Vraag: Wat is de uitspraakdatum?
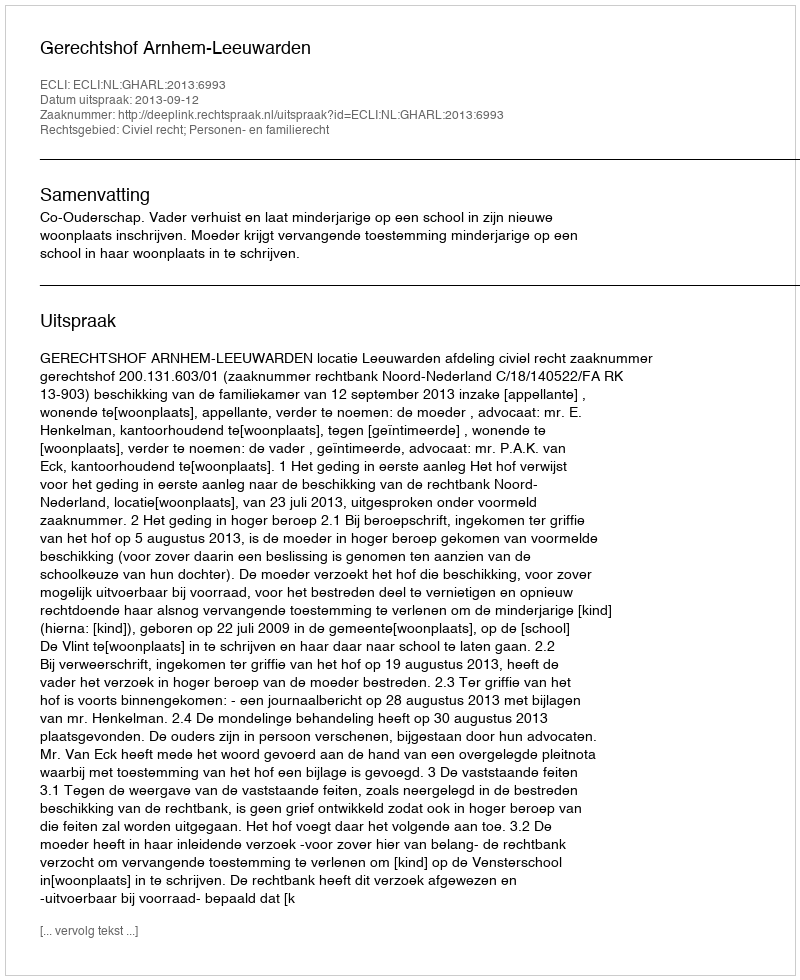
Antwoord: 2013-09-12